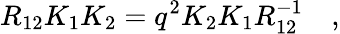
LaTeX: R_{12}K_{1}K_{2}=q^{2}K_{2}K_{1}R_{12}^{-1}\quad,